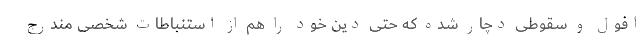
افول و سقوطی دچار شده که حتی دین خود را هم از استنباطات شخصی مندرج